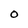
Character: O